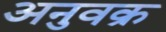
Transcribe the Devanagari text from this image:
अनुवक्र